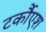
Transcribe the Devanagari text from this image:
टर्कौएश